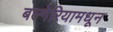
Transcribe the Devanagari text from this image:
बल्गेरियामधून